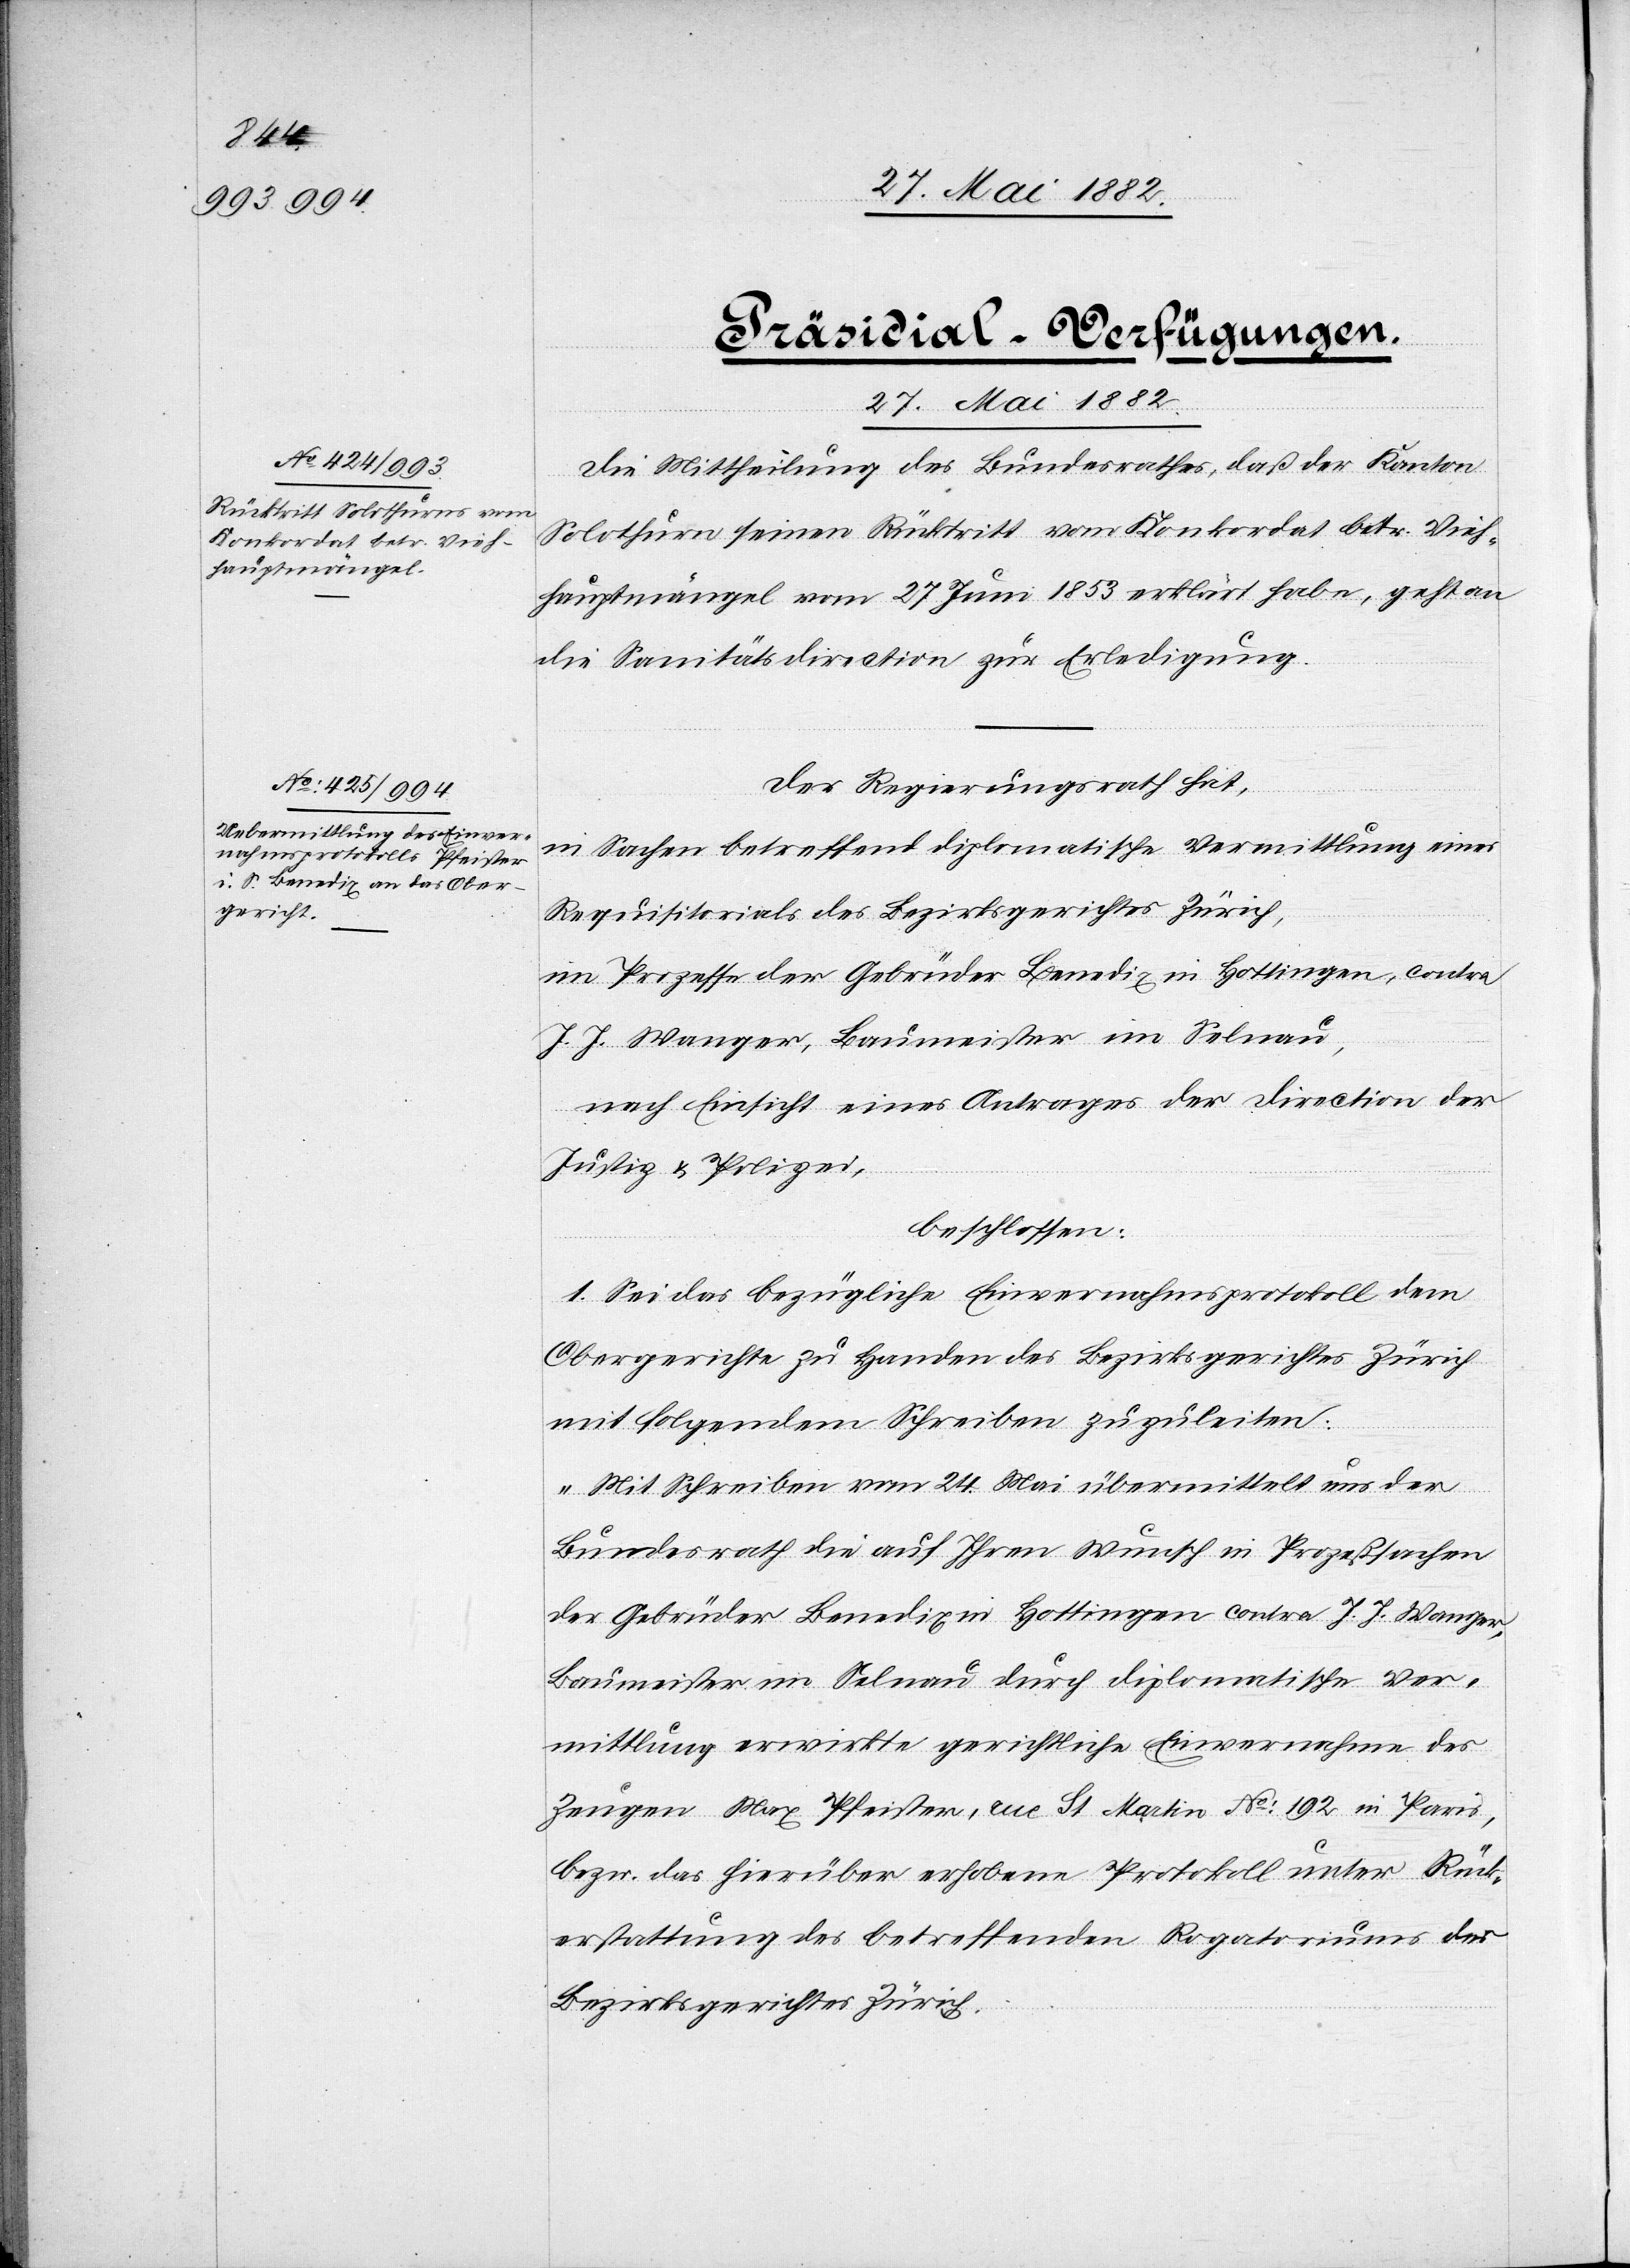
27. Mai 1882.]
[Präsidial-Verfügungen.
27. Mai 1882.
Die Mittheilung des Bundesrathes, daß der Kanton
Solothurn seinen Rücktritt vom Konkordat betr. Vieh¬
hauptmängel vom 27. Juni 1853 erklärt habe, geht an
die Sanitätsdirection zur Erledigung.
Der Regierungsrath hat,
in Sachen betreffend diplomatische Vermittlung eines
Requisitorials des Bezirksgerichtes Zürich,
im Prozesse der Gebrüder Benedig in Hottingen, contra
J. J. Wanger, Baumeister im Selnau,
nach Einsicht eines Antrages der Direction der
Justiz & Polizei,
beschlossen:
1. Sei das bezügliche Einvernahmsprotokoll dem
Obergerichte zu Handen des Bezirksgerichtes Zürich
mit folgendem Schreiben zuzuleiten:
„Mit Schreiben vom 24. Mai übermittelt uns der
Bundesrath die auf Ihren Wunsch in Prozeßsachen
der Gebrüder Benedig in Hottingen contra J. J. Wanger,
Baumeister im Selnau durch diplomatische Ver¬
mittlung erwirkte gerichtliche Einvernahme des
Zeugen Max Pfeister, rue St. Martin No 192 in Paris,
bezw. das hierüber erhobene Protokoll unter Rück¬
erstattung des betreffenden Rogatoriums des
Bezirksgerichtes Zürich.